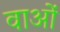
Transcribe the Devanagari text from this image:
वाओं